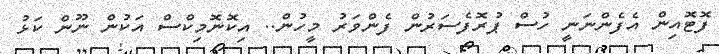
ފޮޓޮއިން އެފެންނަނީ ހުސް ޕުރޮފެސަރުން ފެންވަރު މީހުން.. އިކޮނޮމިކްސް އަކުން ނޫން ކަޅު